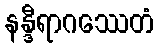
နန္ဒီရာဂဿေတံ